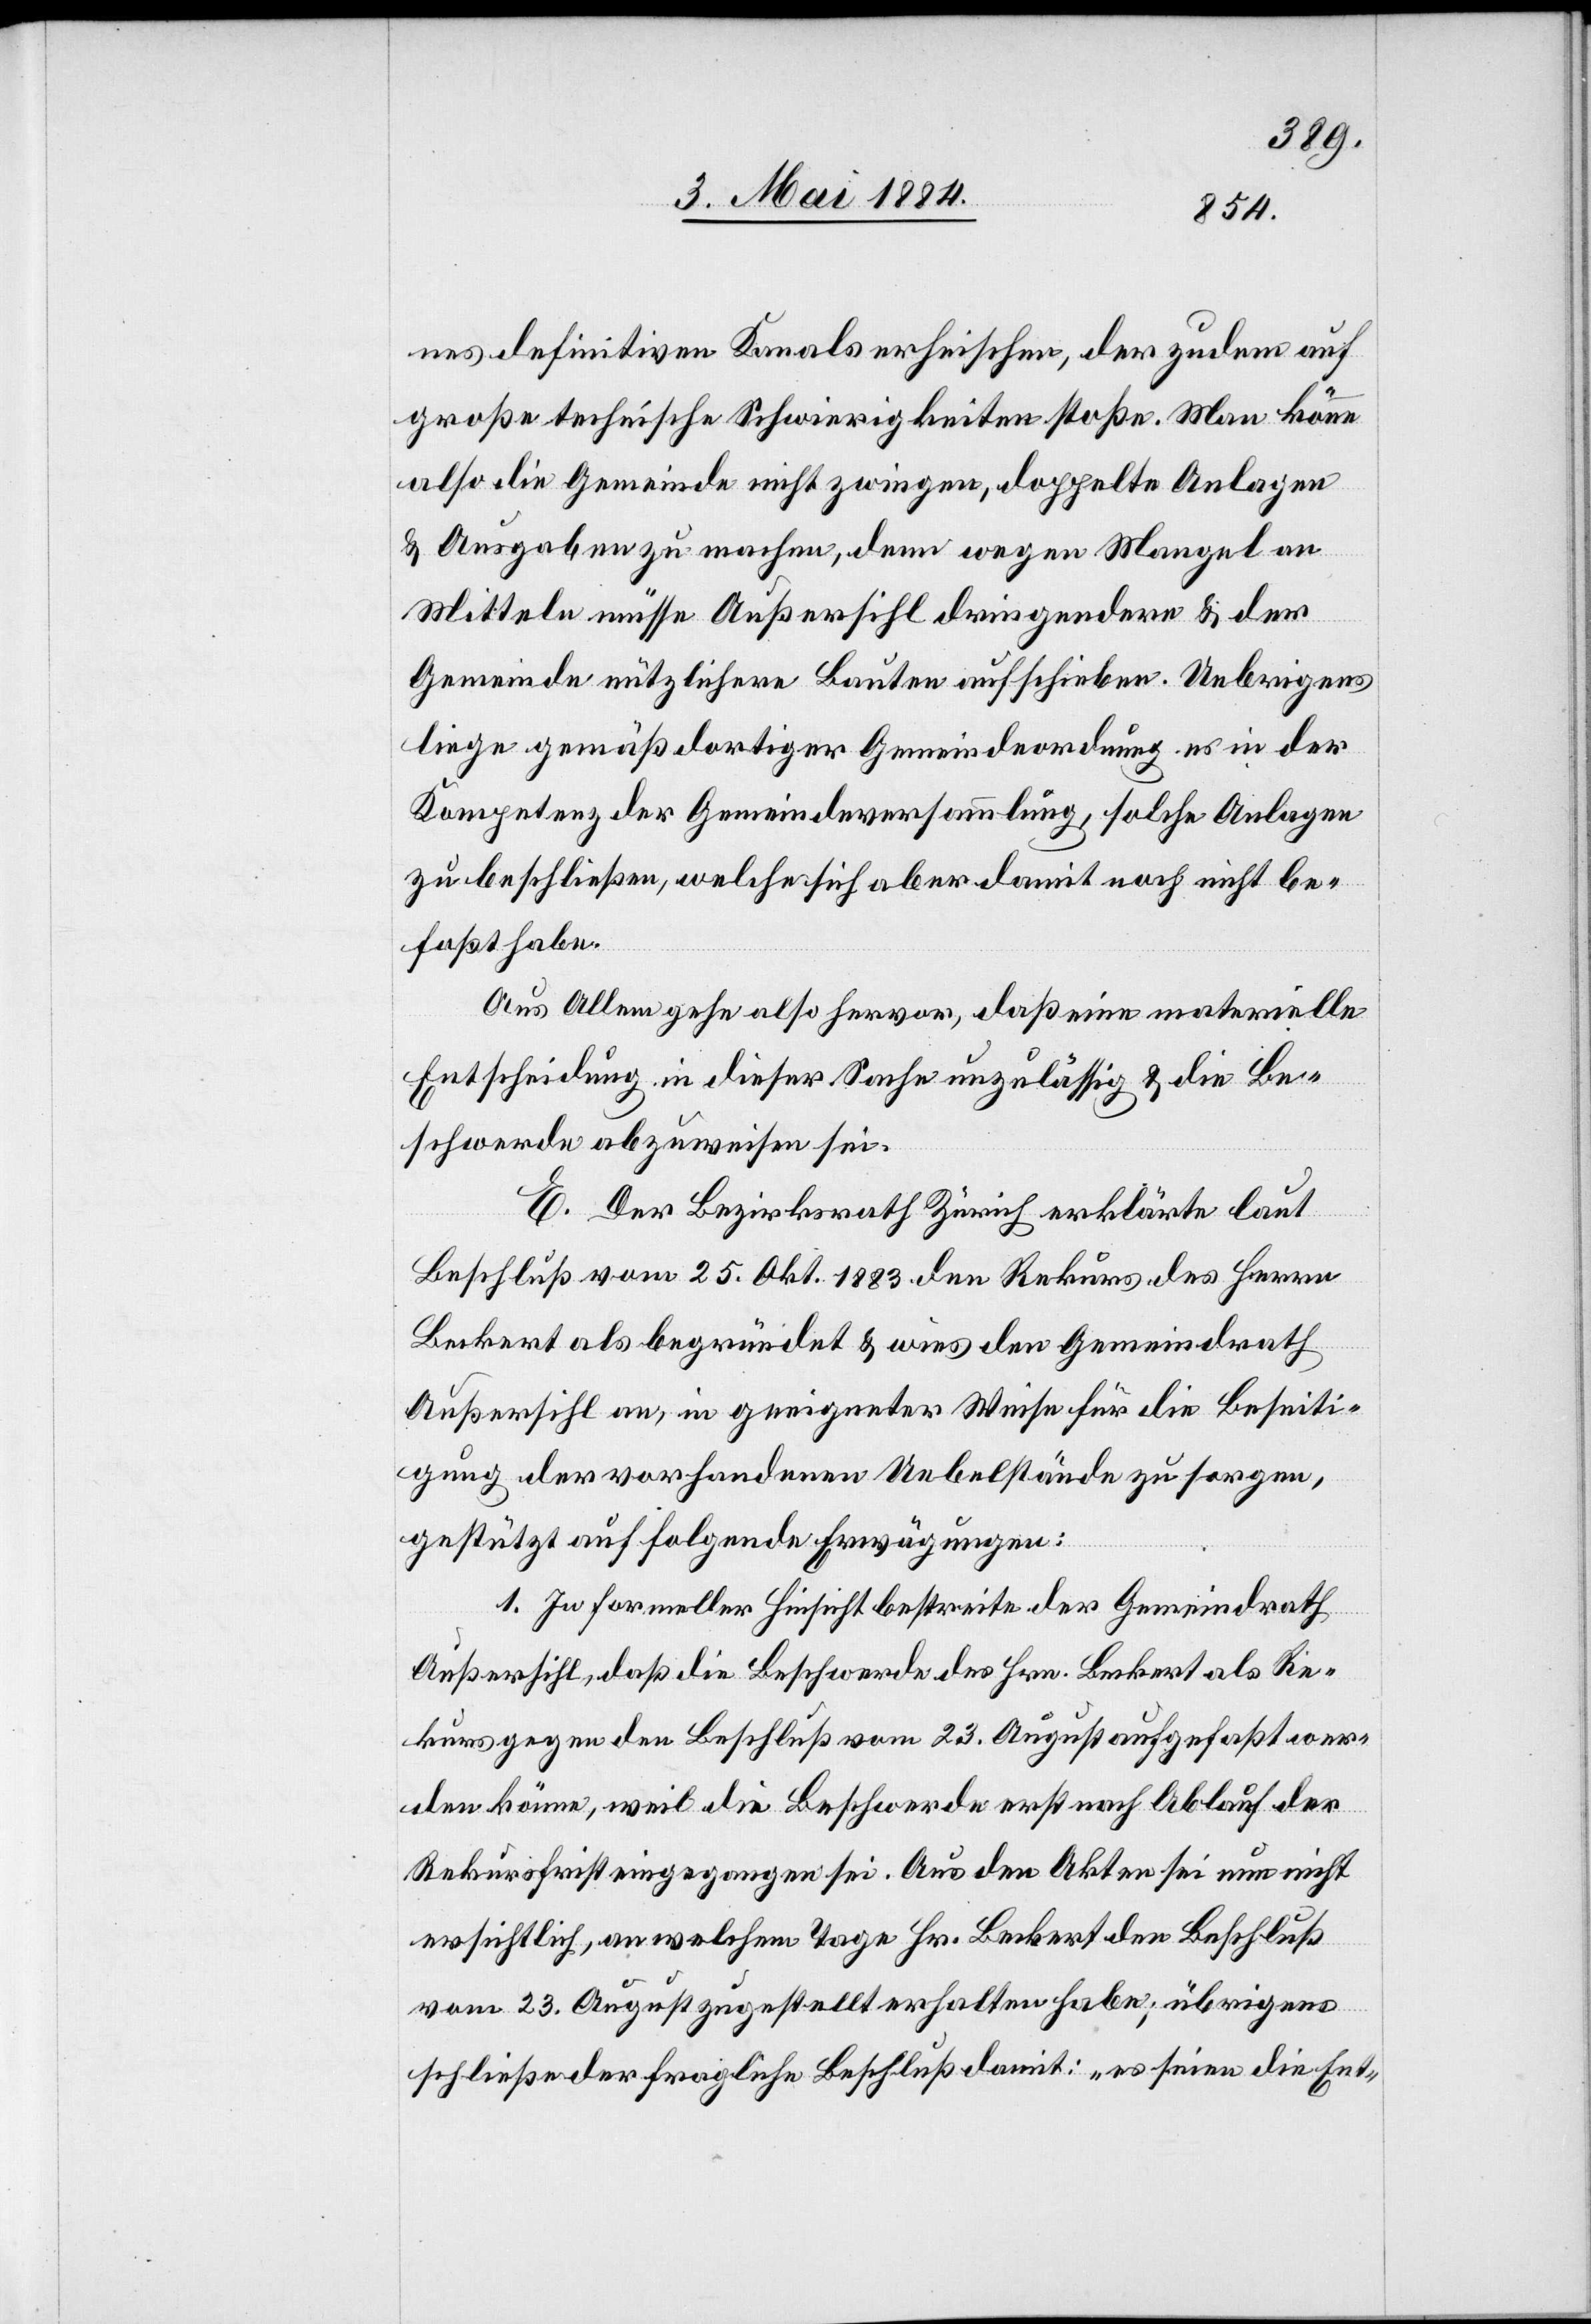
nes definitiven Kanals erheischen, der zudem auf
große technische Schwierigkeiten stoße. Man könne
also die Gemeinde nicht zwingen, doppelte Anlagen
& Ausgaben zu machen, denn wegen Mangel an
Mitteln müsse Außersihl dringendere & der
Gemeinde nützlichere Bauten aufschieben. Uebrigens
liege gemäß dortiger Gemeindeordnung es in der
Kompetenz der Gemeindeversammlung, solche Auslagen
zu beschließen, welche sich aber damit noch nicht be¬
faßt habe.
Aus Allem gehe also hervor, daß eine materielle
Entscheidung in dieser Sache unzulässig & die Be¬
schwerde abzuweisen sei.
E. Der Bezirksrath Zürich erklärte laut
Beschluß vom 25. Okt. 1883 den Rekurs des Herrn
Beckert als begründet & wies den Gemeindrath
Außersihl an, in geeigneter Weise für die Beseiti¬
gung der vorhandenen Uebelstände zu sorgen,
gestützt auf folgende Erwägungen:
1. In formeller Hinsicht bestreite der Gemeindrath
Außersihl, daß die Beschwerde des Hrn. Beckert als Re¬
kursgegner den Beschluß vom 23. August aufgefaßt wer¬
den könne, weil die Beschwerde erst nach Ablauf der
Rekursfrist eingegangen sei. Aus den Akten sei nun nicht
ersichtlich, an welchem Tage Hr. Beckert den Beschluß
vom 23. August zugestellt erhalten habe; übrigens
schließe der fragliche Beschluß damit: „es seien die Ent-